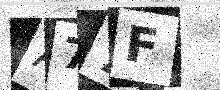
Text: A77F